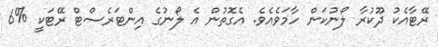
ރޭޓާއެކު ދޫކުރާ ލޯނުކަން ހާމަވެއެވެ. އެގޮތުން އެ ލޯނުގެ އިންޓަރެސްޓް ރޭޓަކީ %6